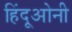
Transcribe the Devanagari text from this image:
हिंदूओनी